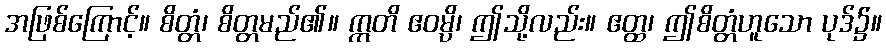
အဖြစ်ကြောင့်။ စိတ္တံ၊ စိတ္တမည်၏။ ဣတိ ဧဝမ္ပိ၊ ဤသို့လည်း။ ဧတ္ထ၊ ဤစိတ္တံဟူသော ပုဒ်၌။